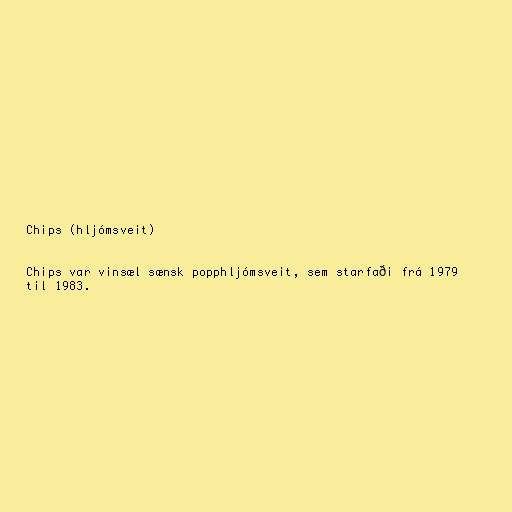
Chips (hljómsveit)

Chips var vinsæl sænsk popphljómsveit, sem starfaði frá 1979
til 1983.